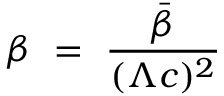
\beta ~ = ~ { \frac { \bar { \beta } } { ( \Lambda c ) ^ { 2 } } }